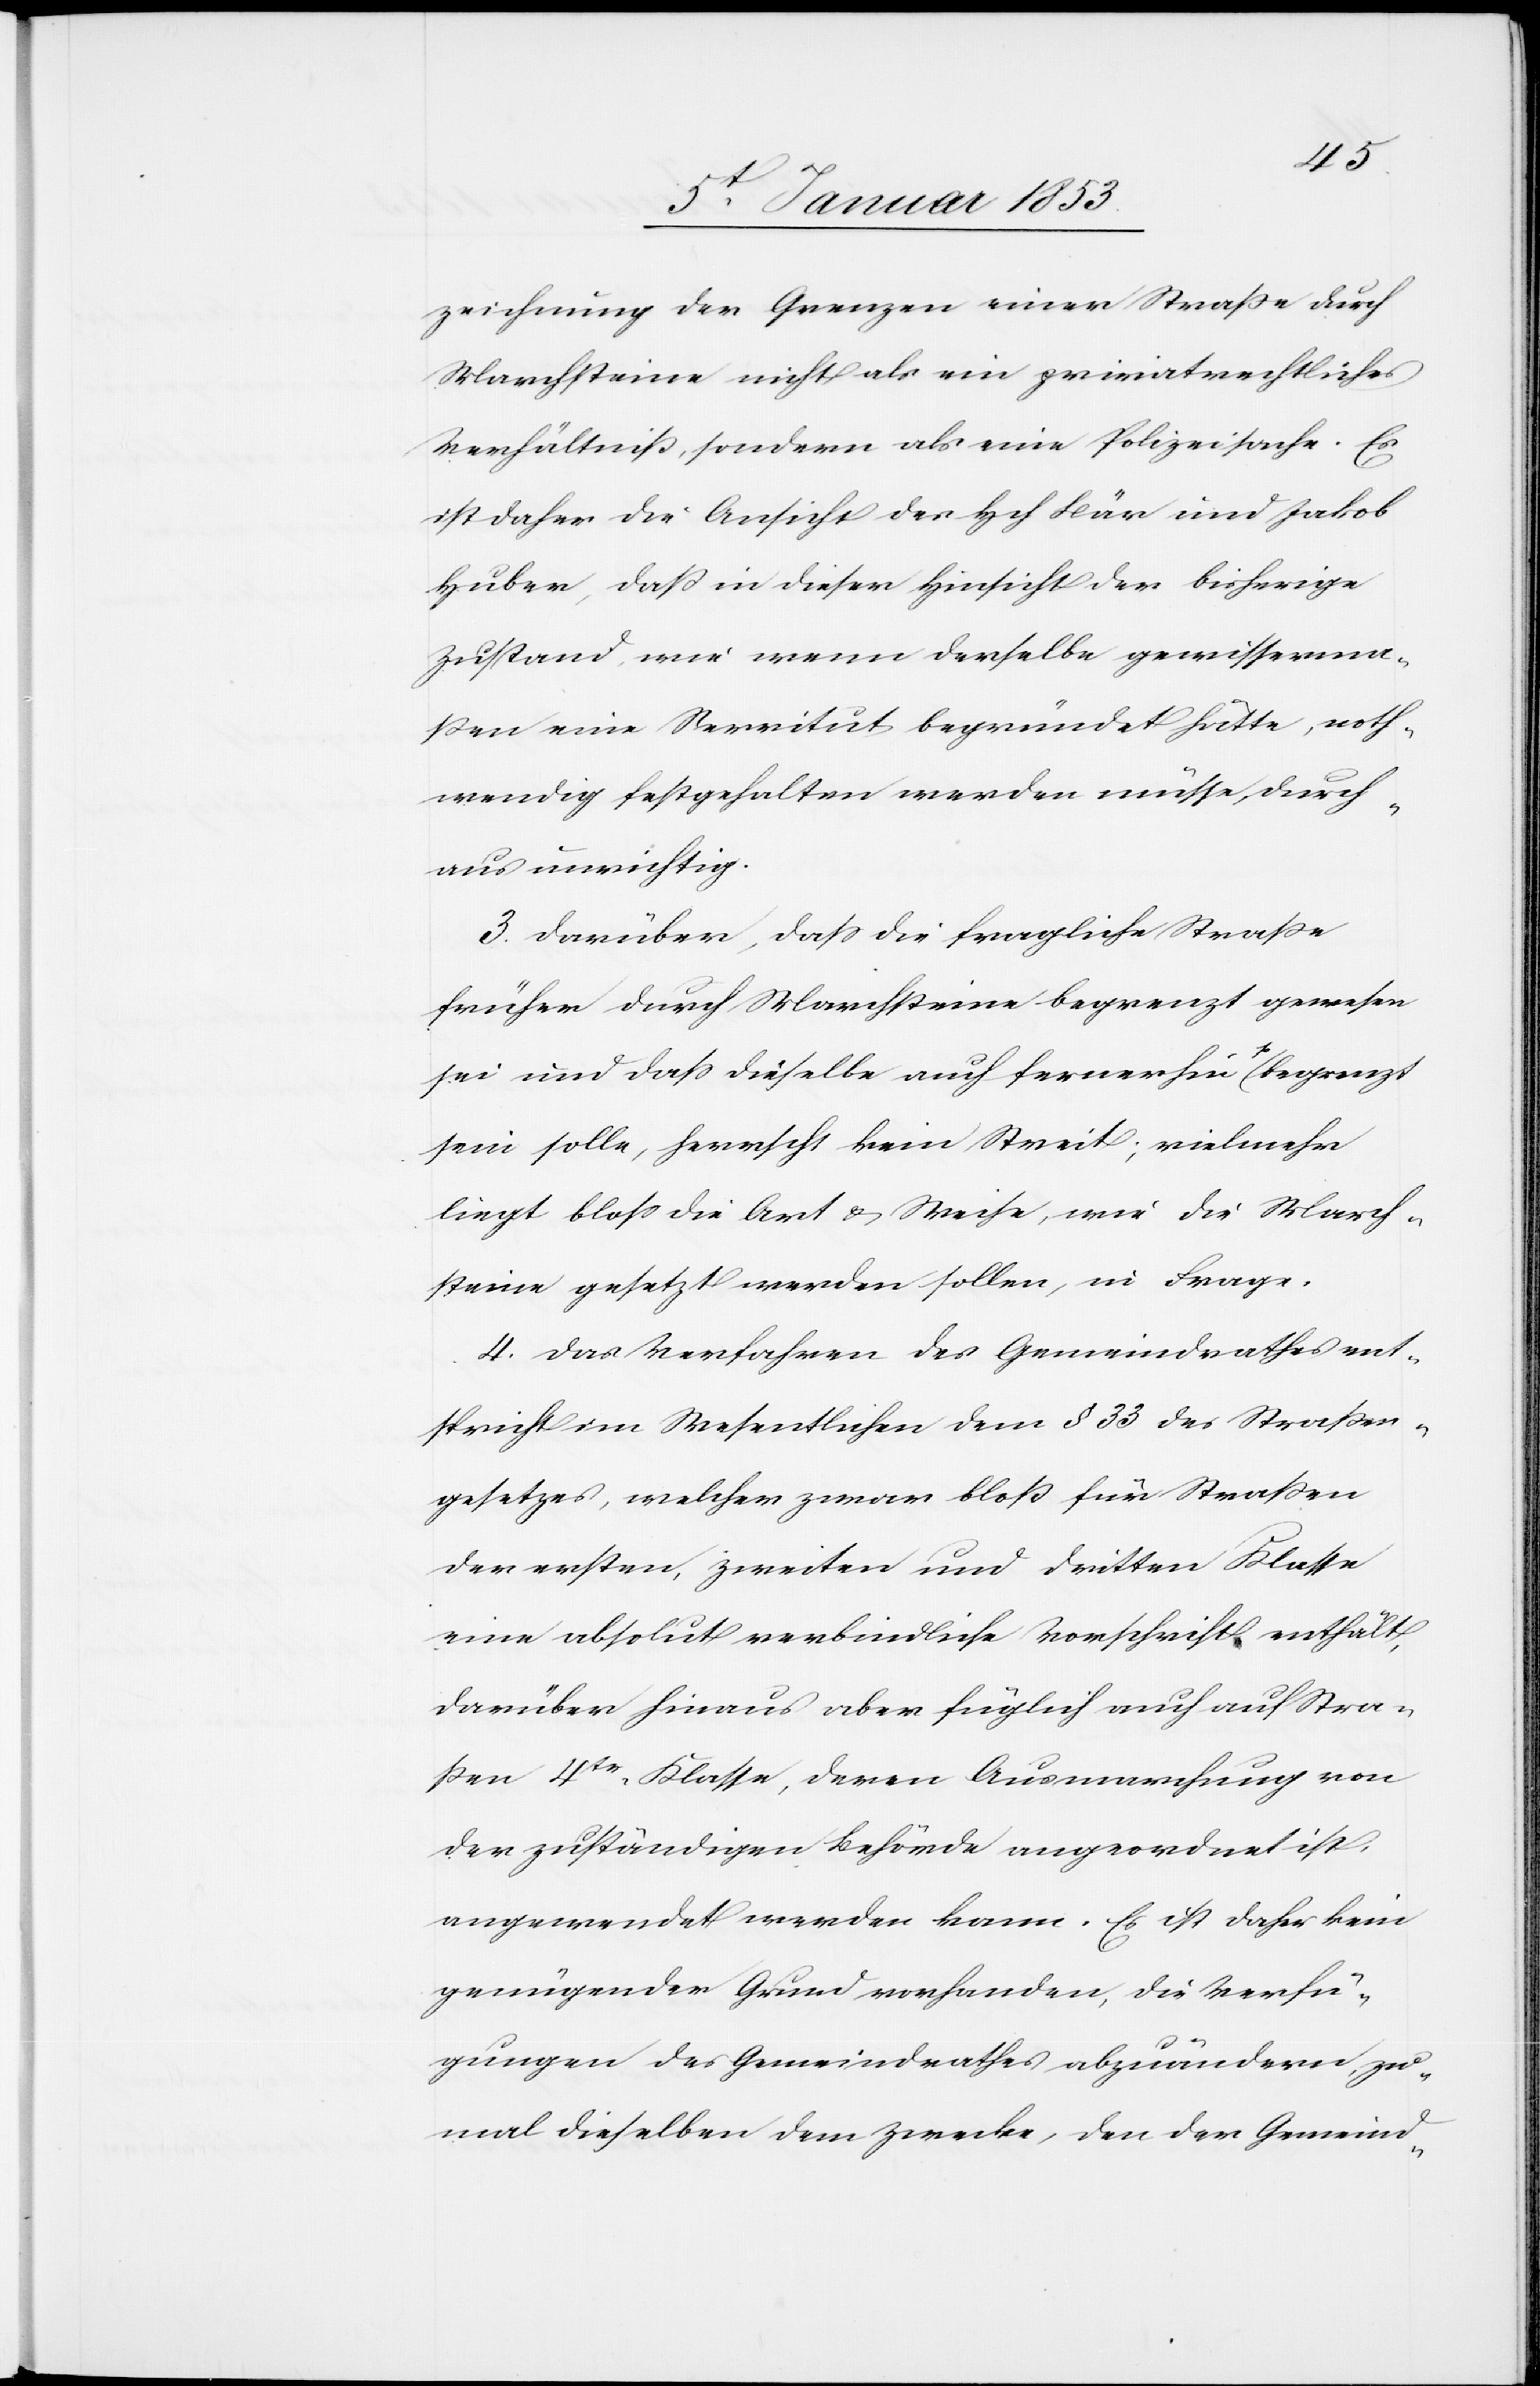
zeichnung der Grenzen einer Straße durch
Marchsteine nicht als ein privatrechtliches
Verhältniß, sondern als eine Polizeisache. Es
ist daher die Ansicht der Hch. Bär und Jakob
Huber, daß in dieser Hinsicht der bisherige
Zustand wie wenn derselbe gewisserma¬
ßen eine Servitut begründet hätte, noth¬
wendig festgehalten werden müsse, durch¬
aus unrichtig.
3. Darüber, daß die fragliche Straße
früher durch Marchsteine begrenzt gewesen
sei und dass dieselbe auch fernerhin so begrenzt
sein solle, herrscht kein Streit, vielmehr
liegt bloss die Art u. Weise wie die March¬
steine gesetzt werden sollen, in Frage.
4. Das Verfahren des Gemeindrathes ent¬
spricht im Wesentlichen dem § 33 des Straßen¬
gesetzes, welcher zwar bloss für Straßen
der ersten, zweiten und dritten Klasse
eine absolut verbindliche Vorschrift enthält,
darüber hinaus aber füglich auch auf Stra¬
ßen 4tr. Klasse, deren Ausmarchung von
der zuständigen Behörde angeordnet ist,
angewendet werden kann. Es ist daher kein
genügender Grund vorhanden, die Verfü¬
gungen des Gemeindrathes abzuändern zu¬
mal dieselben dem Zwecke, den der Gemeind-